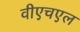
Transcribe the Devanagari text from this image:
वीएचएल